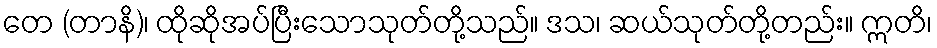
တေ (တာနိ)၊ ထိုဆိုအပ်ပြီးသောသုတ်တို့သည်။ ဒသ၊ ဆယ်သုတ်တို့တည်း။ ဣတိ၊